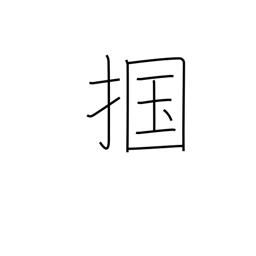
Meaning: seize